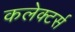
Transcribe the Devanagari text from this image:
कलेक्‍टर्स